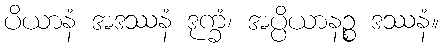
ပိယာနံ အဒဿနံ ဒုက္ခံ၊ အပ္ပိယာနဉ္စ ဒဿနံ။